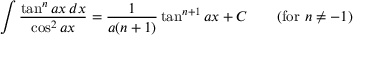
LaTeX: \int { \frac { \tan ^ { n } a x \, d x } { \cos ^ { 2 } a x } } = { \frac { 1 } { a ( n + 1 ) } } \tan ^ { n + 1 } a x + C \qquad { \mathrm { ( f o r ~ } } n \neq - 1 { \mathrm { ) } }